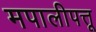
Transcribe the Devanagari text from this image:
मपालीपत्तू